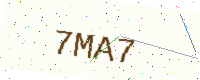
Text: 7MA7